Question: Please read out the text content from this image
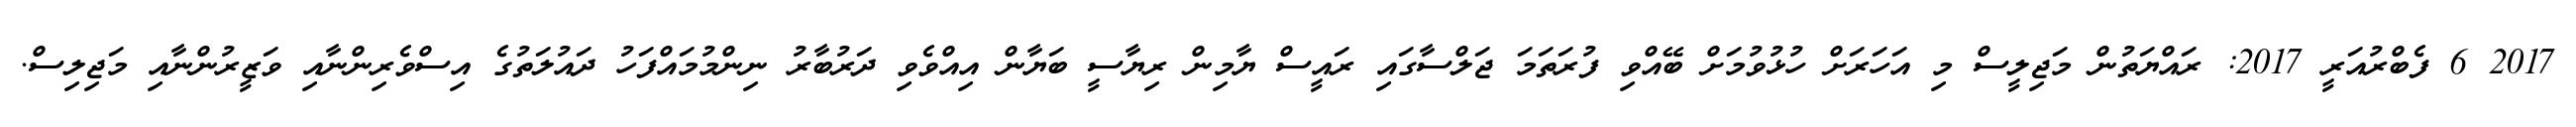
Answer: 2017 6 ފެބްރުއަރީ 2017: ރައްޔަތުން މަޖިލީސް މި އަހަރަށް ހުޅުވުމަށް ބޭއްވި ފުރަތަމަ ޖަލްސާގައި ރައީސް ޔާމިން ރިޔާސީ ބަޔާން އިއްވެވި ދަރުބާރު ނިންމުމައްފަހު ދައުލަތުގެ އިސްވެރިންނާއި ވަޒީރުންނާއި މަޖިލިސް.